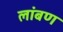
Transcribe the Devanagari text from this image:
लांबण